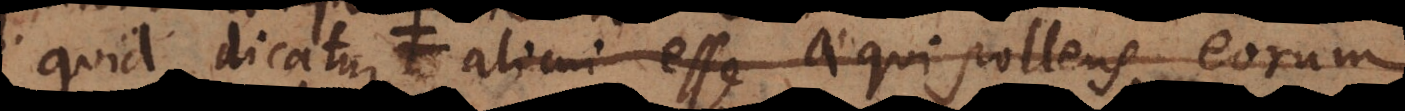
quid dicatur alicui esse aequipollens, eorum